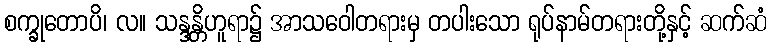
စက္ခုတောပိ၊ လ။ သန္ဒန္တိဟူရာ၌ အာသဝေါတရားမှ တပါးသော ရုပ်နာမ်တရားတို့နှင့် ဆက်ဆံ